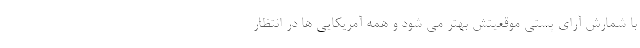
با شمارش آرای پستی موقعیتش بهتر می شود و همه آمریکایی ها در انتظار